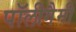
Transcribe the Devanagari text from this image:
पॉलीगैमी